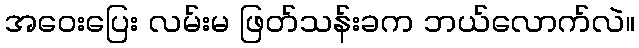
အဝေးပြေး လမ်းမ ဖြတ်သန်းခက ဘယ်လောက်လဲ။